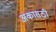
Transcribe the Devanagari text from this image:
अंकासठी